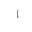
Letter: _alif